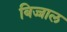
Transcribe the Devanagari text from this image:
बिज्जाल